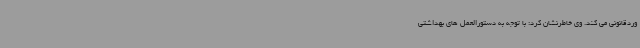
وردقانونی می کند. وی خاطرنشان کرد: با توجه به دستورالعمل های بهداشتی